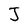
Character: J